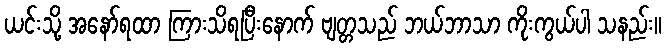
ယင်းသို့ အနော်ရထာ ကြားသိရပြီးနောက် ဗျတ္တသည် ဘယ်ဘာသာ ကိုးကွယ်ပါ သနည်း။